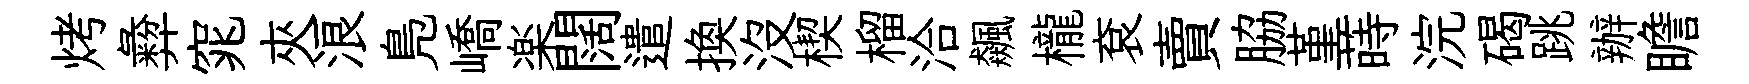
烤彜窕夾浪鳬嶠楽闊遣换没楔榴洽飆櫳袞賣脇堇蒔浣碣跳辦瞻